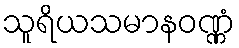
သူရိယသမာနဝဏ္ဏံ